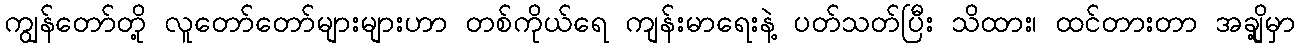
ကျွန်တော်တို့ လူတော်တော်များများဟာ တစ်ကိုယ်ရေ ကျန်းမာရေးနဲ့ ပတ်သတ်ပြီး သိထား၊ ထင်တားတာ အချို့မှာ